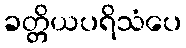
ခတ္တိယပရိသံပေ